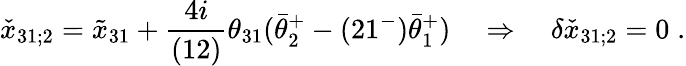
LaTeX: \check{x}_{31;2}=\tilde{x}_{31}+{\frac{4i}{(12)}}\theta_{31}(\bar{\theta}_{2}^{+}-(21^{-})\bar{\theta}_{1}^{+})\quad\Rightarrow\quad\delta\check{x}_{31;2}=0\; .